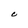
Character: c